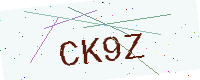
Text: CK9Z